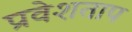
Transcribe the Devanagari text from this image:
प्रवेशताप